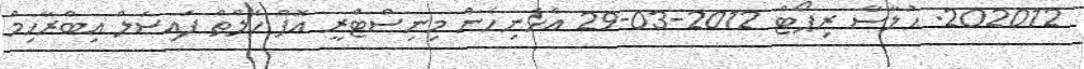
202012. ޙުލާސާ ރިޕޯޓް 2012-03-29 އެހެނިހެން މިނިސްޓްރީ އޮފް ހެލްތް ފައިސަލް އިބްރާހިމް